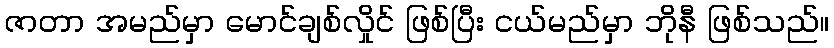
ဇာတာ အမည်မှာ မောင်ချစ်လှိုင် ဖြစ်ပြီး ငယ်မည်မှာ ဘိုနီ ဖြစ်သည်။